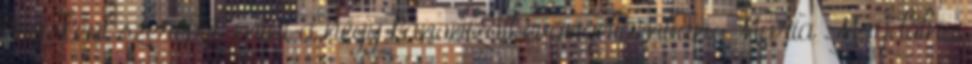
másként szerepel, mint a négy kanonizált evangéliumban. Mária Magdolna